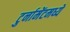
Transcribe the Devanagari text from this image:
टुर्नामेंटमध्ये